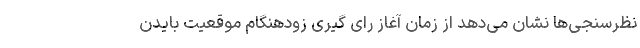
نظرسنجی‌ها نشان می‌دهد از زمان آغاز رای گیری زودهنگام موقعیت بایدن